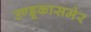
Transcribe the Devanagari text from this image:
उण्डूकासमेर